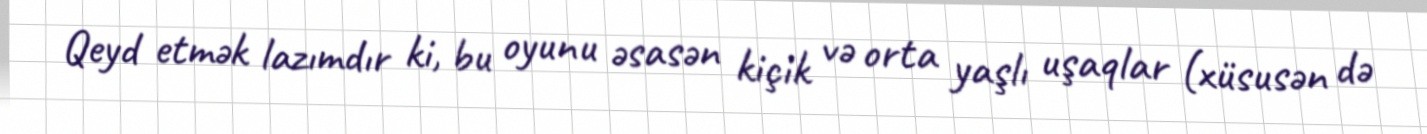
Qeyd etmək lazımdır ki, bu oyunu əsasən kiçik və orta yaşlı uşaqlar (xüsusən də